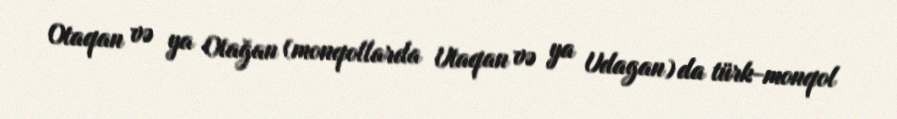
Otaqan və ya Otağan (monqollarda Utaqan və ya Udagan) da türk-monqol